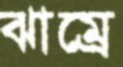
ঝাম্‌রে